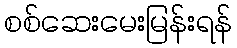
စစ်ဆေးမေးမြန်းရန်